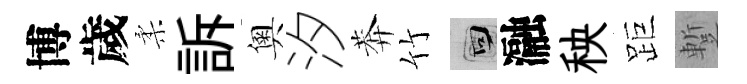
博歲柔訴奧汐莾竹回瀜秧距蹔